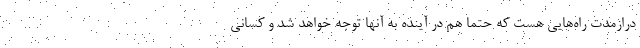
درازمدت راه‌هايي هست كه حتما هم در آينده به آنها توجه خواهد شد و كساني